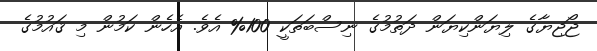
ޖޯޖިޔާގެ ލިޔަންކިޔަން ދަތުމުގެ ނިސްބަތަކީ 100% އެވެ. އެހެން ކަމުން މި ޤައުމުގެ